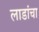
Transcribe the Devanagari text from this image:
लाडांचा